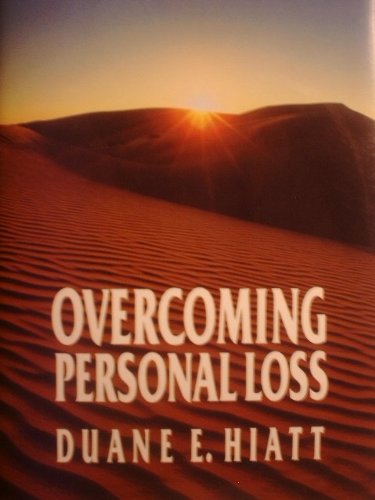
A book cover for Overcoming Personal Loss; Duane E. Hiatt; Christian Books & Bibles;